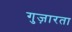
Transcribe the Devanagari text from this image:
गुज़ारता